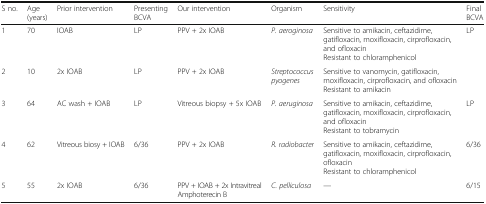
<table><thead><tr><td><b>S no.</b></td><td><b>Age (years)</b></td><td><b>Prior intervention</b></td><td><b>Presenting BCVA</b></td><td><b>Our intervention</b></td><td><b>Organism</b></td><td><b>Sensitivity</b></td><td><b>Final BCVA</b></td></tr></thead><tbody><tr><td>1</td><td>70</td><td>IOAB</td><td>LP</td><td>PPV + 2x IOAB</td><td><i>P. aeroginosa</i></td><td>Sensitive to amikacin, ceftazidime, gatifloxacin, moxifloxacin, cirprofloxacin, and ofloxacinResistant to chloramphenicol</td><td>LP</td></tr><tr><td>2</td><td>10</td><td>2x IOAB</td><td>LP</td><td>PPV + 2x IOAB</td><td><i>Streptococcus pyogenes</i></td><td>Sensitive to vanomycin, gatifloxacin, moxifloxacin, cirprofloxacin, and ofloxacinResistant to amikacin</td><td>[EMPTY_CELL]</td></tr><tr><td>3</td><td>64</td><td>AC wash + IOAB</td><td>LP</td><td>Vitreous biopsy + 5x IOAB</td><td><i>P. aeruginosa</i></td><td>Sensitive to amikacin, ceftazidime, gatifloxacin, moxifloxacin, cirprofloxacin, and ofloxacinResistant to tobramycin</td><td>LP</td></tr><tr><td>4</td><td>62</td><td>Vitreous biosy + IOAB</td><td>6/36</td><td>PPV + 2x IOAB</td><td><i>R. radiobacter</i></td><td>Sensitive to amikacin, ceftazidime, gatifloxacin, moxifloxacin, cirprofloxacin, ofloxacinResistant to chloramphenicol</td><td>6/36</td></tr><tr><td>5</td><td>55</td><td>2x IOAB</td><td>6/36</td><td>PPV + IOAB + 2x Intravitreal Amphoterecin B</td><td><i>C. pelliculosa</i></td><td>—</td><td>6/15</td></tr></tbody></table>